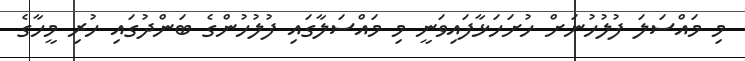
މި މައްސަލަ ފުލުހުނަށް ހުށަހަޅާފައިވަނީ މި މައްސަލާގައި ފުލުހުންގެ ބަންދުގައި ހުރި މީހާގެ